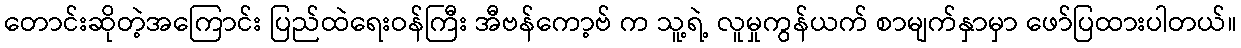
တောင်းဆိုတဲ့အကြောင်း ပြည်ထဲရေးဝန်ကြီး အီဗန်ကော့ဗ် က သူ့ရဲ့ လူမှုကွန်ယက် စာမျက်နှာမှာ ဖော်ပြထားပါတယ်။